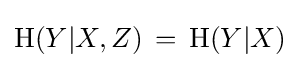
\mathrm {H} (Y|X,Z)\,=\,\mathrm {H} (Y|X)